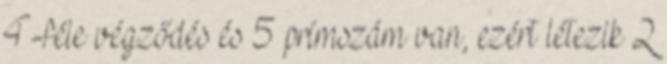
4-féle végződés és 5 prímszám van, ezért létezik 2